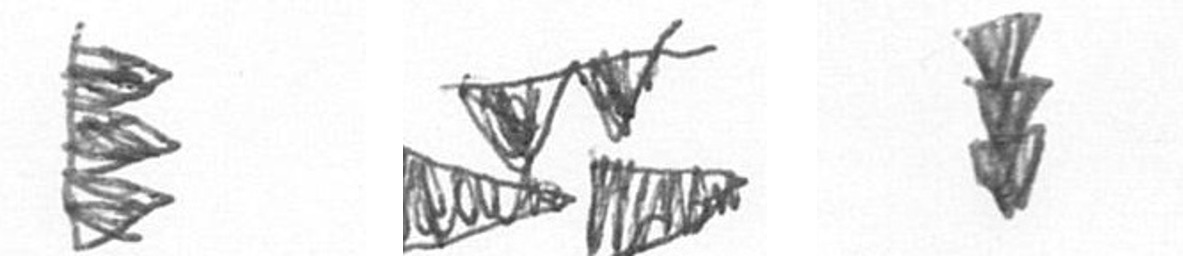
H B E